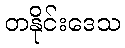
တနိုင်းဒေသ